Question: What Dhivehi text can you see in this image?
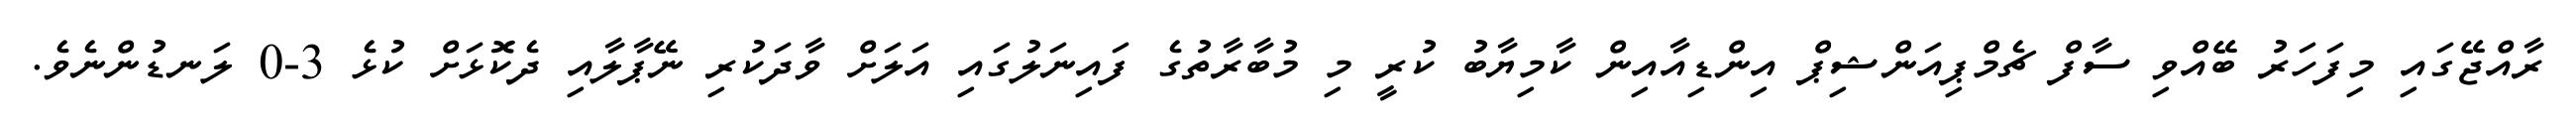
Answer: ރާއްޖޭގައި މިފަހަރު ބޭއްވި ސާފް ޗެމްޕިއަންޝިޕް އިންޑިއާއިން ކާމިޔާބު ކުރީ މި މުބާރާތުގެ ފައިނަލުގައި އަލަށް ވާދަކުރި ނޭޕާލާއި ދެކޮޅަށް ކުޅެ 3-0 ލަނޑުންނެވެ.